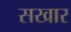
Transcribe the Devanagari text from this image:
सखार